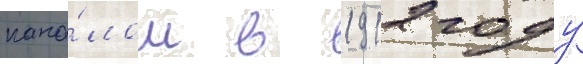
кана́лом в 1912 году